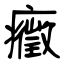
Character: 癥